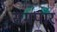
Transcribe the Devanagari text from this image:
समपार